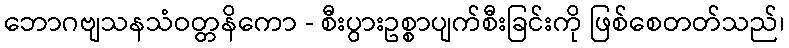
ဘောဂဗျသနသံဝတ္တနိကော - စီးပွားဥစ္စာပျက်စီးခြင်းကို ဖြစ်စေတတ်သည်၊